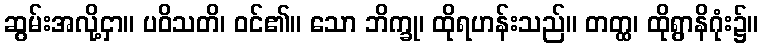
ဆွမ်းအလို့ငှာ။ ပဝိသတိ၊ ဝင်၏။ သော ဘိက္ခု၊ ထိုရဟန်းသည်။ တတ္ထ၊ ထိုရွာနိဂုံး၌။